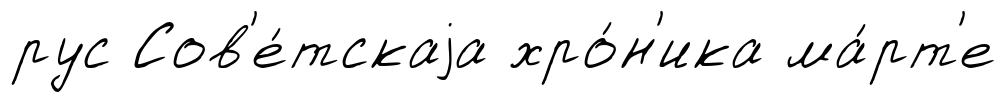
рус Сов'е́тскаjа хро́н'ика ма́рт'е